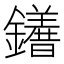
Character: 𨯆